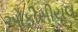
ઓફીસીયલ